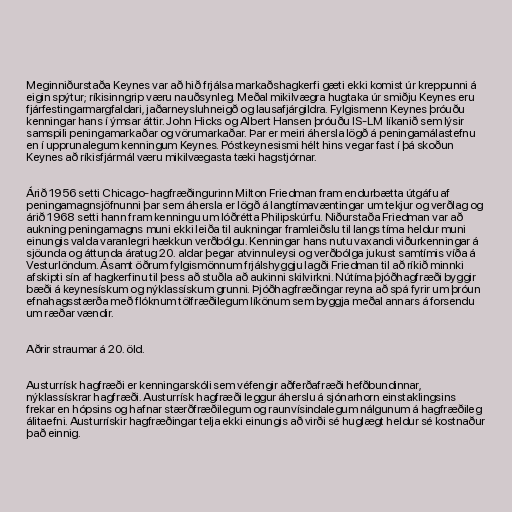
Meginniðurstaða Keynes var að hið frjálsa markaðshagkerfi gæti ekki komist úr kreppunni á
eigin spýtur; ríkisinngrip væru nauðsynleg. Meðal mikilvægra hugtaka úr smiðju Keynes eru
fjárfestingarmargfaldari, jaðarneysluhneigð og lausafjárgildra. Fylgismenn Keynes þróuðu
kenningar hans í ýmsar áttir. John Hicks og Albert Hansen þróuðu IS-LM líkanið sem lýsir
samspili peningamarkaðar og vörumarkaðar. Þar er meiri áhersla lögð á peningamálastefnu
en í upprunalegum kenningum Keynes. Póstkeynesismi hélt hins vegar fast í þá skoðun
Keynes að ríkisfjármál væru mikilvægasta tæki hagstjórnar.

Árið 1956 setti Chicago-hagfræðingurinn Milton Friedman fram endurbætta útgáfu af
peningamagnsjöfnunni þar sem áhersla er lögð á langtímavæntingar um tekjur og verðlag og
árið 1968 setti hann fram kenningu um lóðrétta Philipskúrfu. Niðurstaða Friedman var að
aukning peningamagns muni ekki leiða til aukningar framleiðslu til langs tíma heldur muni
einungis valda varanlegri hækkun verðbólgu. Kenningar hans nutu vaxandi viðurkenningar á
sjöunda og áttunda áratug 20. aldar þegar atvinnuleysi og verðbólga jukust samtímis víða á
Vesturlöndum. Ásamt öðrum fylgismönnum frjálshyggju lagði Friedman til að ríkið minnki
afskipti sín af hagkerfinu til þess að stuðla að aukinni skilvirkni. Nútíma þjóðhagfræði byggir
bæði á keynesískum og nýklassískum grunni. Þjóðhagfræðingar reyna að spá fyrir um þróun
efnahagsstærða með flóknum tölfræðilegum líkönum sem byggja meðal annars á forsendu
um ræðar vændir.

Aðrir straumar á 20. öld.

Austurrísk hagfræði er kenningarskóli sem véfengir aðferðafræði hefðbundinnar,
nýklassískrar hagfræði. Austurrísk hagfræði leggur áherslu á sjónarhorn einstaklingsins
frekar en hópsins og hafnar stærðfræðilegum og raunvísindalegum nálgunum á hagfræðileg
álitaefni. Austurrískir hagfræðingar telja ekki einungis að virði sé huglægt heldur sé kostnaður
það einnig.